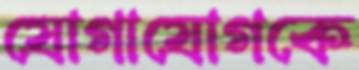
যোগাযোগকে